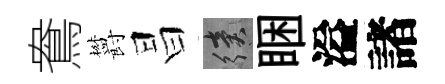
鴦欝昌續睏溢諸